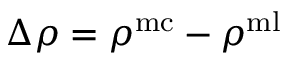
\Delta \rho = \rho ^ { \mathrm { m c } } - \rho ^ { \mathrm { m l } }